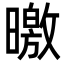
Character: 曒